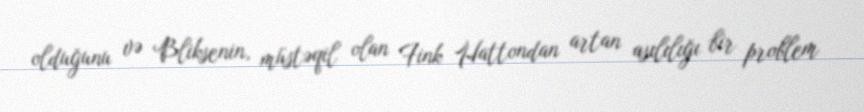
olduğunu və Bliksenin, müstəqil olan Fink Hattondan artan asılılığı bir problem